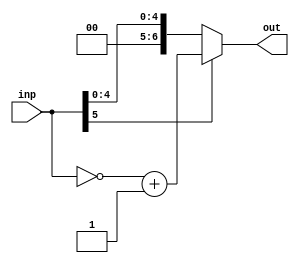
module T_to_S #(
  parameter DATA_WIDTH = 6
) 
(
  input wire  [DATA_WIDTH - 1 : 0] inp,
  output wire [DATA_WIDTH : 0] out      // 'out' will have one extra bit than 'inp'
);

reg [DATA_WIDTH : 0] x;

always @* begin
  if (inp[DATA_WIDTH-1] == 1'b1)
    x = (~inp)+1;
  else
    x = inp;
end

assign out = x;

endmodule